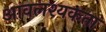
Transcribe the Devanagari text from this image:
आवलश्यकता